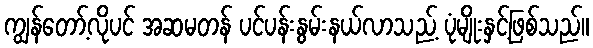
ကျွန်တော့်လိုပင် အဆမတန် ပင်ပန်းနွမ်းနယ်လာသည့် ပုံမျိုးနှင့်ဖြစ်သည်။